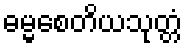
ဓမ္မစေတိယသုတ္တံ